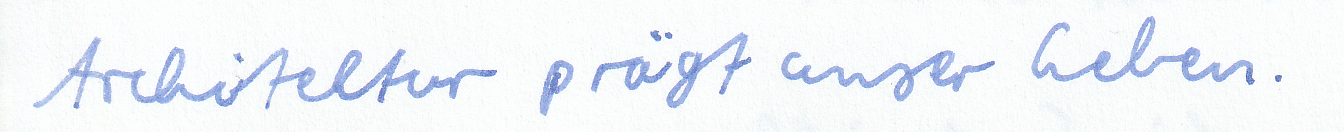
Architektur prägt unser Leben.